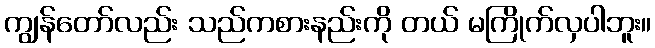
ကျွန်တော်လည်း သည်ကစားနည်းကို တယ် မကြိုက်လှပါဘူး။